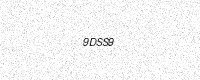
Text: 9DSS9